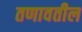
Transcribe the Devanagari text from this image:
तणावतील